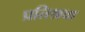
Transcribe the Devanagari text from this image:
प्रतिश्रवा